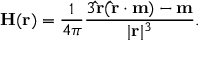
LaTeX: \mathbf { H } ( \mathbf { r } ) = { \frac { 1 } { 4 \pi } } { \frac { 3 \mathbf { \hat { r } } ( \mathbf { \hat { r } } \cdot \mathbf { m } ) - \mathbf { m } } { | \mathbf { r } | ^ { 3 } } } .